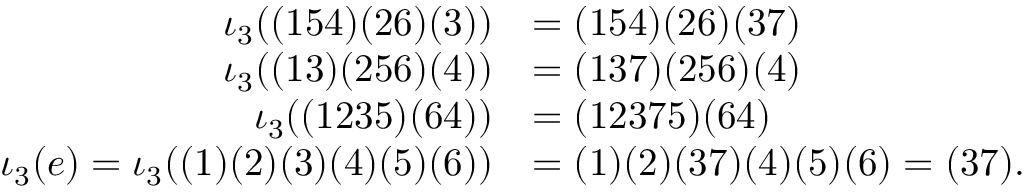
\begin{array} { r l } { \iota _ { 3 } ( ( 1 5 4 ) ( 2 6 ) ( 3 ) ) } & { = ( 1 5 4 ) ( 2 6 ) ( 3 7 ) } \\ { \iota _ { 3 } ( ( 1 3 ) ( 2 5 6 ) ( 4 ) ) } & { = ( 1 3 7 ) ( 2 5 6 ) ( 4 ) } \\ { \iota _ { 3 } ( ( 1 2 3 5 ) ( 6 4 ) ) } & { = ( 1 2 3 7 5 ) ( 6 4 ) } \\ { \iota _ { 3 } ( e ) = \iota _ { 3 } ( ( 1 ) ( 2 ) ( 3 ) ( 4 ) ( 5 ) ( 6 ) ) } & { = ( 1 ) ( 2 ) ( 3 7 ) ( 4 ) ( 5 ) ( 6 ) = ( 3 7 ) . } \end{array}